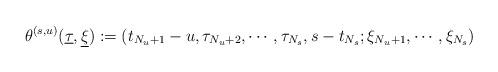
LaTeX: \begin{align*}\theta^{(s, u)}(\underline{\tau}, \underline{\xi}) : = ( t_{N_{u} + 1} - u, \tau_{N_u + 2}, \cdots, \tau_{N_s}, s - t_{N_s}; \xi_{N_u+1}, \cdots, \xi_{N_s} )\end{align*}